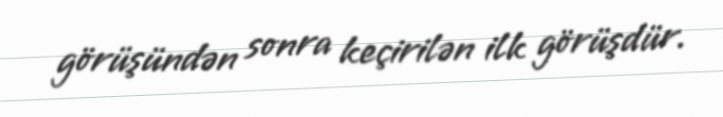
görüşündən sonra keçirilən ilk görüşdür.